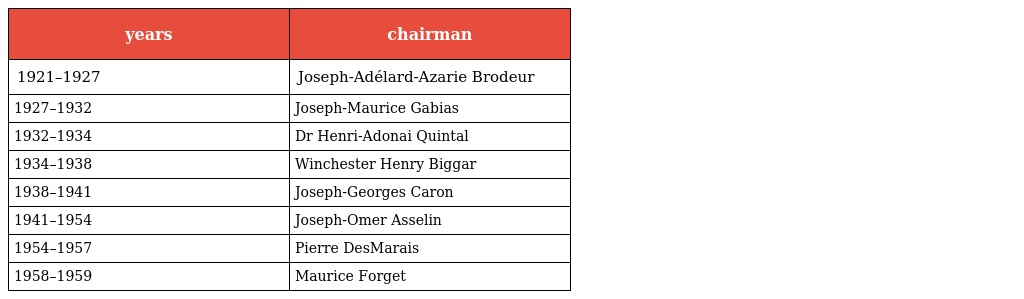
| years | chairman |
 | --- | --- |
 | 1921–1927 | Joseph-Adélard-Azarie Brodeur |
 | 1927–1932 | Joseph-Maurice Gabias |
 | 1932–1934 | Dr Henri-Adonai Quintal |
 | 1934–1938 | Winchester Henry Biggar |
 | 1938–1941 | Joseph-Georges Caron |
 | 1941–1954 | Joseph-Omer Asselin |
 | 1954–1957 | Pierre DesMarais |
 | 1958–1959 | Maurice Forget |